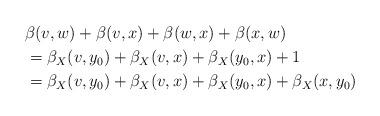
LaTeX: \begin{align*}& \beta(v,w)+\beta(v,x)+\beta(w,x)+\beta(x,w)\\& =\beta_{X}(v,y_{0})+\beta_{X}(v,x)+\beta_{X}(y_{0},x)+1\\& =\beta_{X}(v,y_{0})+\beta_{X}(v,x)+\beta_{X}(y_{0},x)+\beta_{X}(x,y_{0})\end{align*}